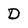
Character: D